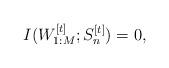
LaTeX: \begin{align*} I(W_{1:M}^{[t]};S_n^{[t]})=0,\end{align*}